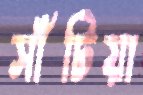
সাঁটিয়া